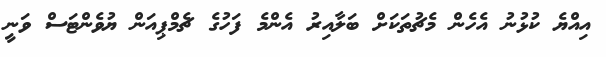
އިއްޔެ ކުޅުނު އެހެން މެޗުތަކަށް ބަލާއިރު އެންމެ ފަހުގެ ޗެމްޕިއަން ޔުވެންޓަސް ވަނީ